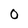
Character: 0